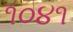
૧૦૪૧